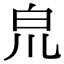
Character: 𤽇